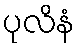
ပုလိနံ